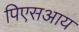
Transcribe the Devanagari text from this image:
पिएसआय